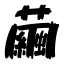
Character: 繭